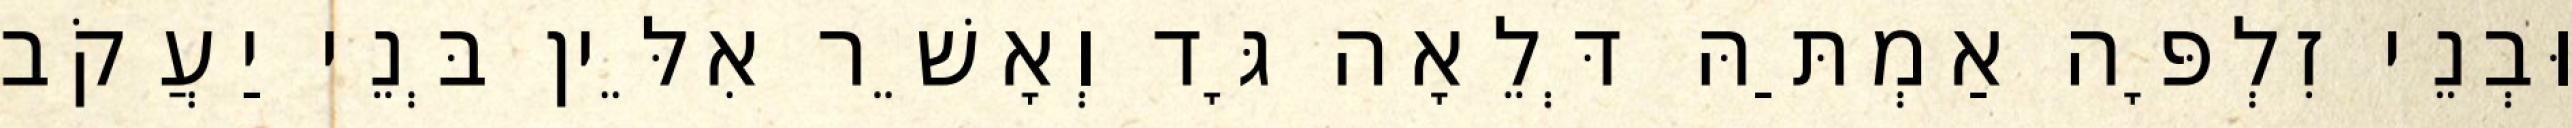
וּבְנֵי זִלְפָּה אַמְתַּהּ דְּלֵאָה גָּד וְאָשֵׁר אִלֵּין בְּנֵי יַעֲקֹב